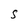
Character: S